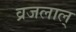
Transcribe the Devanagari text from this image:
व्रजलाल्